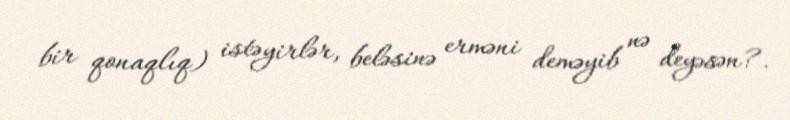
bir qonaqlıq) istəyirlər, beləsinə erməni deməyib nə deyəsən?.